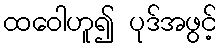
ထဝေါဟူ၍ ပုဒ်အဖွင့်